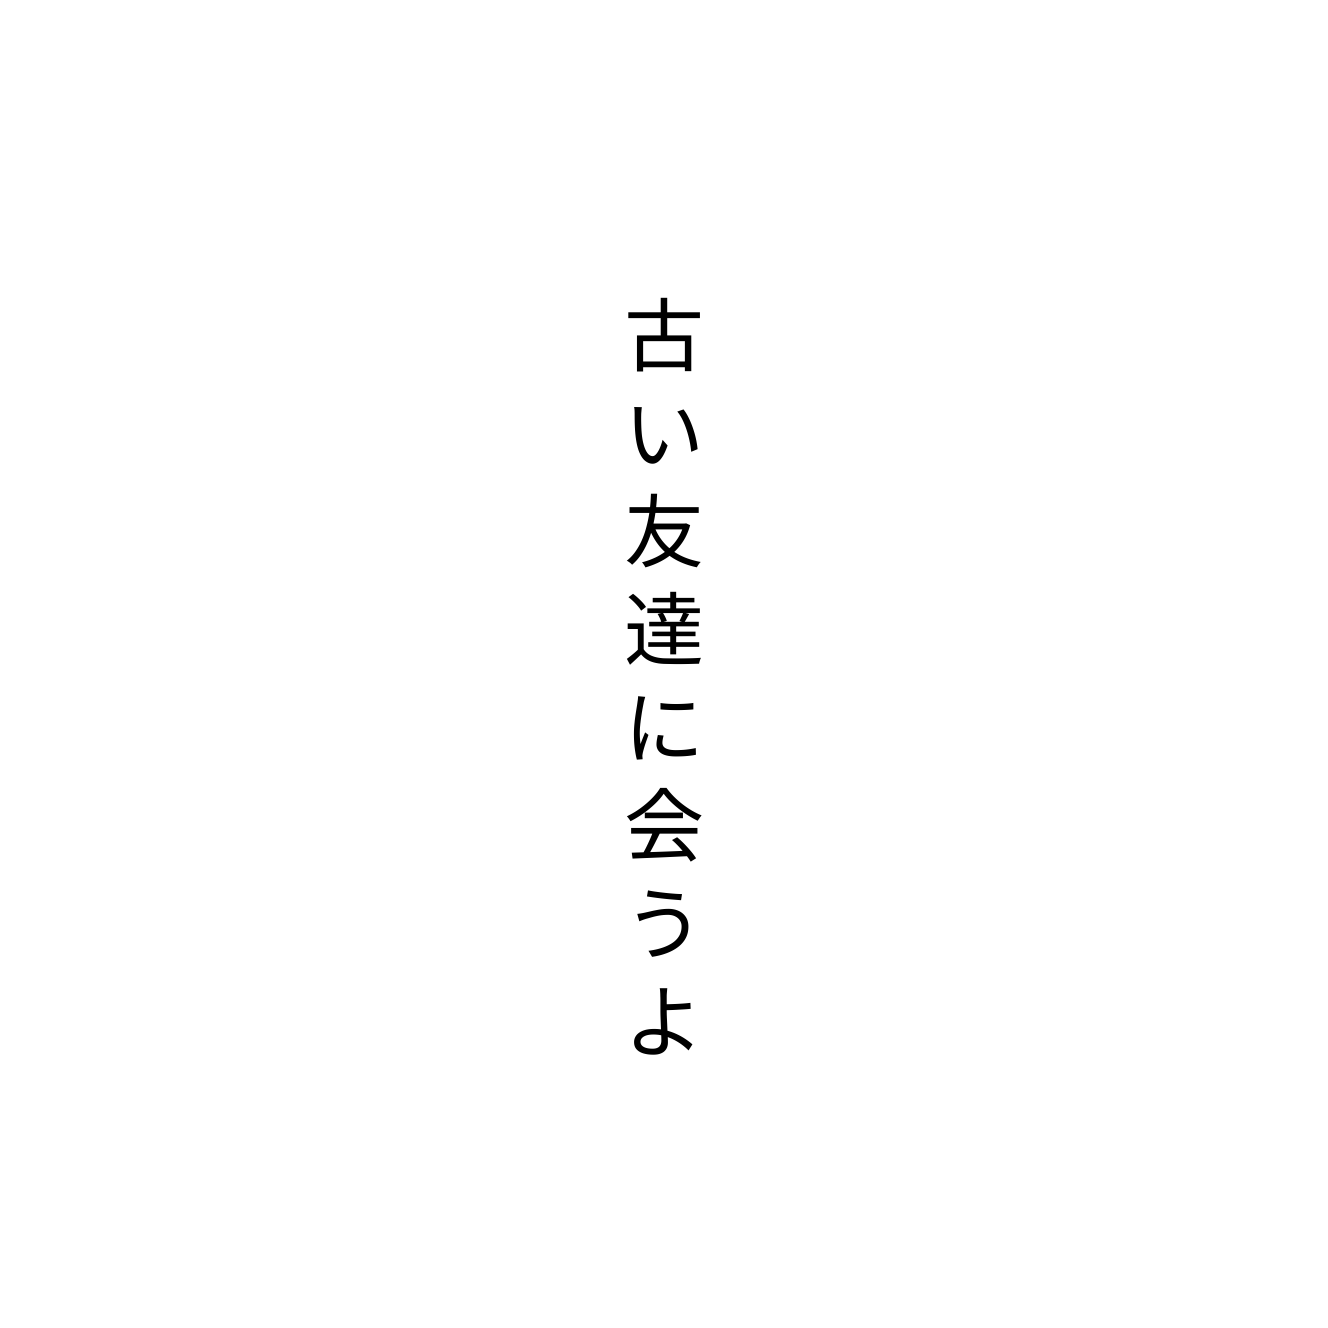
古い友達に会うよ